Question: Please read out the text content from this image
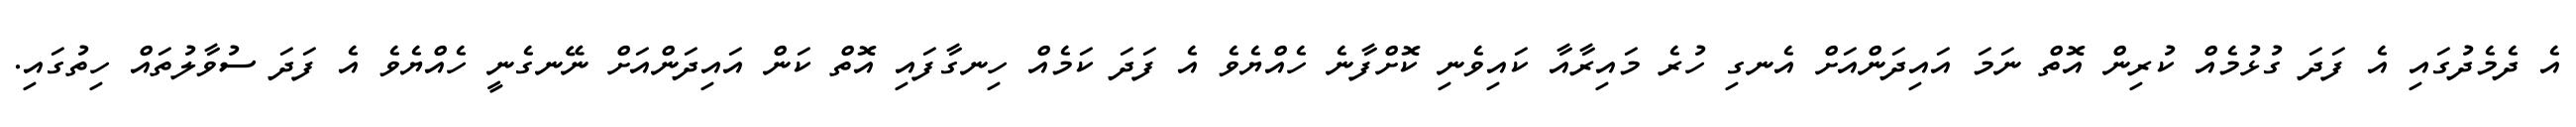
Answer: އެ ދެމެދުގައި އެ ފަދަ ގުޅުމެއް ކުރިން އޮތް ނަމަ އައިދަންއަށް އެނގި ހުރެ މައިރާއާ ކައިވެނި ކޮށްފާނެ ހެއްޔެވެ އެ ފަދަ ކަމެއް ހިނގާފައި އޮތް ކަން އައިދަންއަށް ނޭނގެނީ ހެއްޔެވެ އެ ފަދަ ސުވާލުތައް ހިތުގައި.